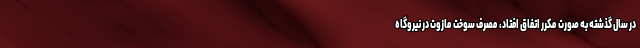
در سال گذشته به صورت مکرر اتفاق افتاد، مصرف سوخت مازوت در نیروگاه